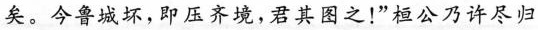
矣。今鲁城坏，即压齐境，君其图之！”桓公乃许尽归